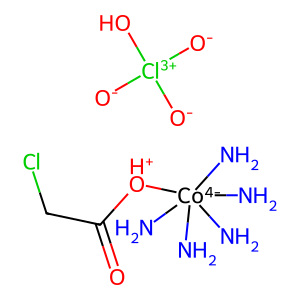
SMILES: N[Co-4](N)(N)(N)(N)[OH+]C(=O)CCl.[O-][Cl+3]([O-])([O-])O
Inhibits HIV replication: No